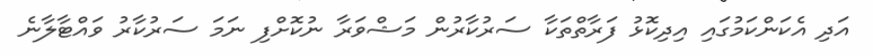
އަދި އެކަންކަމުގައި އިދިކޮޅު ފަރާތްތަކާ ސަރުކާރުން މަޝްވަރާ ނުކޮށްފި ނަމަ ސަރުކާރު ވައްޓާލާނެ